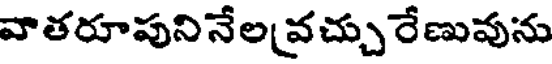
వాతరూపునినేల వచ్చురేణువును